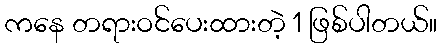
ကနေ တရားဝင်ပေးထားတဲ့ 1 ဖြစ်ပါတယ်။